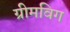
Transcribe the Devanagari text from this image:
ग्रीमविग